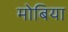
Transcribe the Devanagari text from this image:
मोबिया